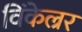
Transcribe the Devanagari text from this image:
विंकेल्रर